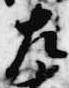
左